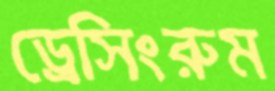
ড্রেসিংরুম